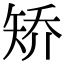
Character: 矫